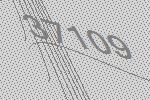
37109